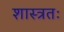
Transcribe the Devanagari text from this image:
शास्त्रतः